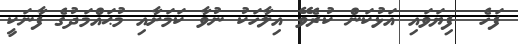
ފަހެ  ފިޔަވައި އަޅުކަން ކުރެވޭ އިލާހަކު ނުވާ ކަމަށާއި މުޙައްމަދުގެ ފާނަކީ